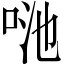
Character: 𠲨